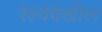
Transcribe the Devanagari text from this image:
रेल्वेदेखील